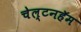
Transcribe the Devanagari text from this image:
चेल्टनहॅम